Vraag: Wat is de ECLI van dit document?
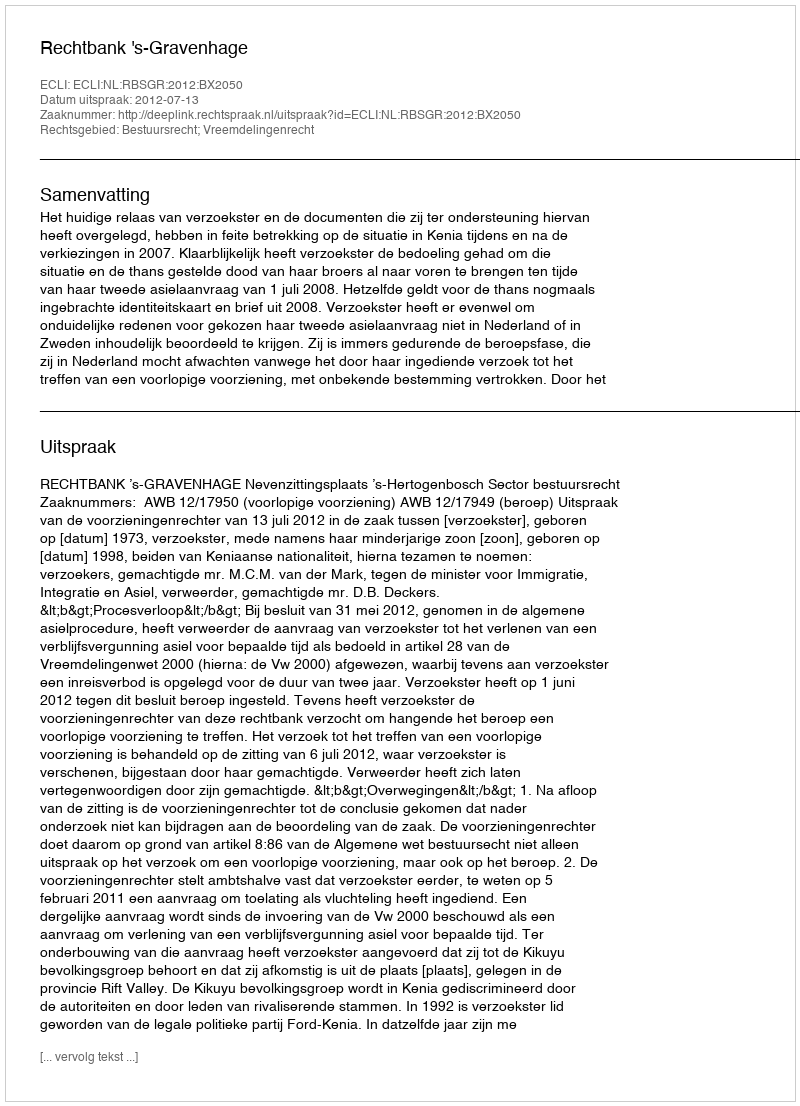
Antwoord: ECLI:NL:RBSGR:2012:BX2050